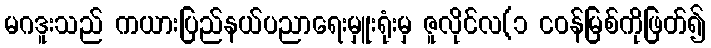
မဂဒူးသည် ကယားပြည်နယ်ပညာရေးမှူးရုံးမှ ဇူလိုင်လ(၁ ငဝန်မြစ်ကိုဖြတ်၍